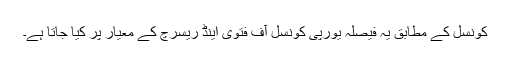
کونسل کے مطابق یہ فیصلہ یورپی کونسل آف فتوٰی اینڈ ریسرچ کے معیار پر کیا جاتا ہے۔